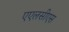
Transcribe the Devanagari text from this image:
एएलसीएस